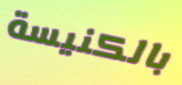
بالكنيسة